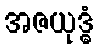
အဇယုဒ္ဓံ